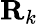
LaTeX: \mathbf{R}_{k}